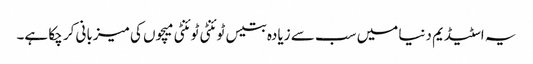
یہ اسٹیڈیم دنیا میں سب سے زیادہ بتیس ٹوئنٹی ٹوئنٹی میچوں کی میزبانی کر چکا ہے۔